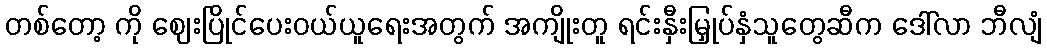
တစ်တော့ ကို ဈေးပြိုင်ပေးဝယ်ယူရေးအတွက် အကျိုးတူ ရင်းနှီးမြှုပ်နှံသူတွေဆီက ဒေါ်လာ ဘီလျံ